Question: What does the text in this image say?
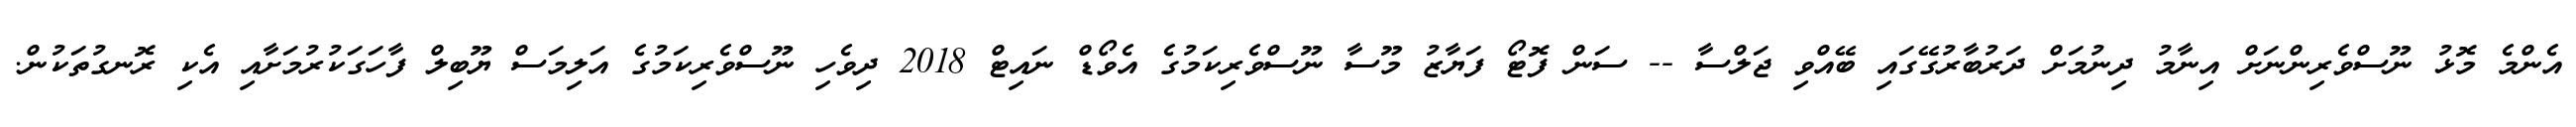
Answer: އެންމެ މޮޅު ނޫސްވެރިންނަށް އިނާމު ދިނުމަށް ދަރުބާރުގޭގައި ބޭއްވި ޖަލްސާ -- ސަން ފޮޓޯ ފަޔާޒު މޫސާ ނޫސްވެރިކަމުގެ އެވޯޑް ނައިޓް 2018 ދިވެހި ނޫސްވެރިކަމުގެ އަލިމަސް ޔޫބިލް ފާހަގަކުރުމަށާއި އެކި ރޮނގުތަކުން.